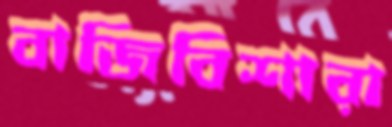
বাজিবিশারা